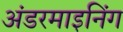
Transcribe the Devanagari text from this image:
अंडरमाइनिंग